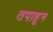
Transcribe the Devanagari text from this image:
तपाहून